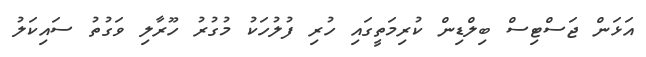
އަޅަން ޖަސްޓިސް ބިލްޑިން ކުރިމަތީގައި ހުރި ފުލުހަކު މުގުރު ހޫރާލި ވަގުތު ސައިކަލު